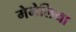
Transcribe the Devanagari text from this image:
मेमेलिया